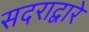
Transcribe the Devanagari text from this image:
सदराद्वारे